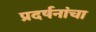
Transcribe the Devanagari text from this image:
प्रदर्षनांचा